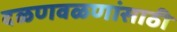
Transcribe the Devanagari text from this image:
दळणवळणांसाठी